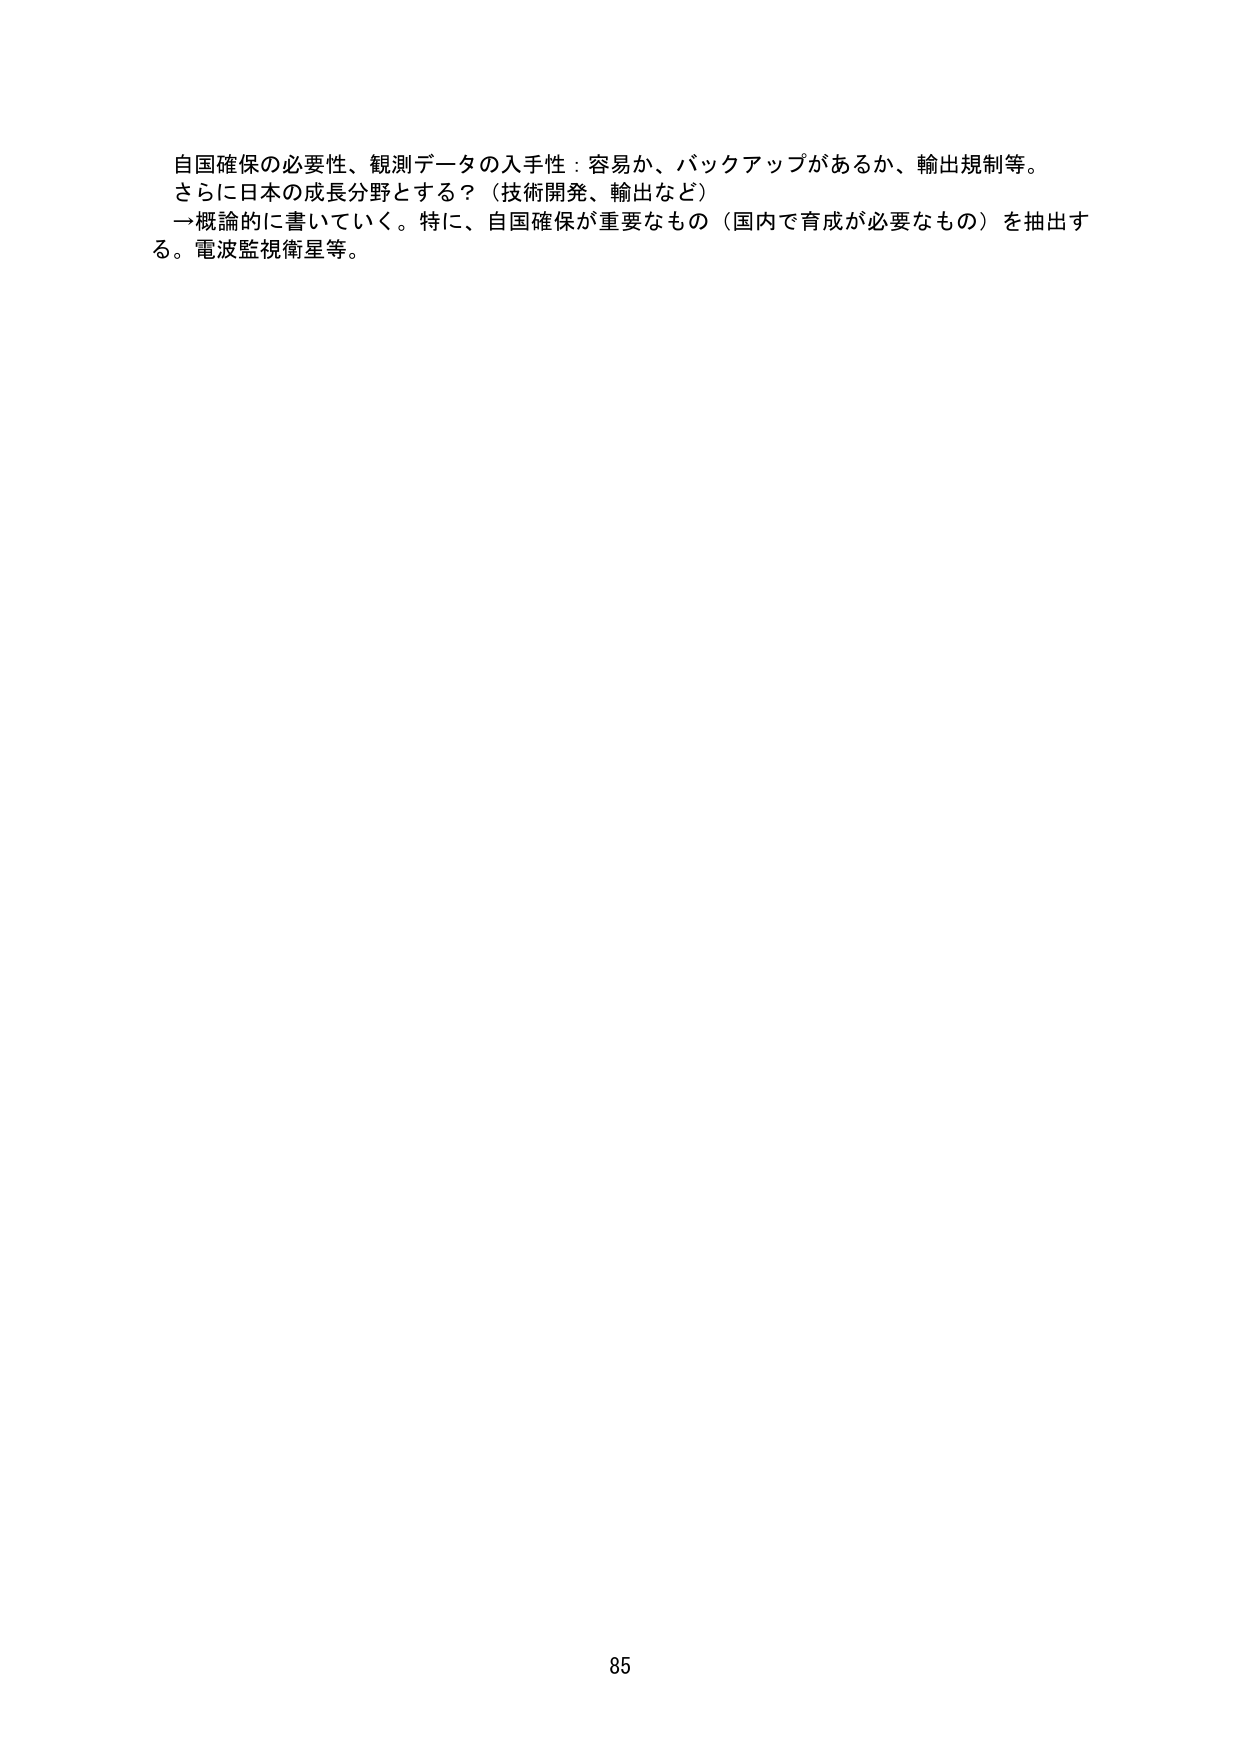
自国確保の必要性、観測データの入手性：容易か、バックアップがあるか、輸出規制等。
さらに日本の成長分野とする？（技術開発、輸出など）
→概論的に書いていく。特に、自国確保が重要なもの（国内で育成が必要なもの）を抽出する。電波監視衛星等。
85